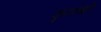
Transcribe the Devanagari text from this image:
फुलणारे